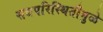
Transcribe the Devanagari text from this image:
सद्यपरिस्थितीमुळे